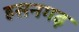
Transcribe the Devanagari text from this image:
हसनगढ़